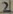
Text: 2